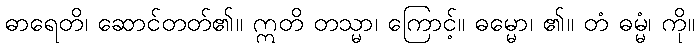
ဓာရေတိ၊ ဆောင်တတ်၏။ ဣတိ တသ္မာ၊ ကြောင့်။ ဓမ္မော၊ ၏။ တံ ဓမ္မံ၊ ကို။